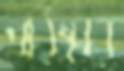
পরিষ্কার